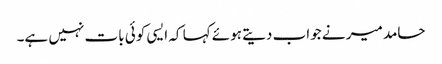
حامد میر نے جواب دیتے ہوئے کہا کہ ایسی کوئی بات نہیں ہے۔